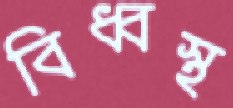
বিধ্বস্থ